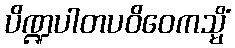
ပိဏ္ဍပါတပဝိဝေကသ္မိံ